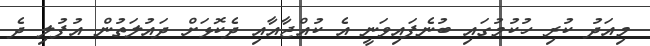
މިއަދު ކުރި ހުކުމުގައި ބުނެފައިވަނީ އެ ކުއްޖާއާއި ދެކޮޅަށް ދައުލަތުން އުފުލި ދެ